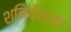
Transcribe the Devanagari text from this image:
शनिदेवाला